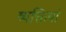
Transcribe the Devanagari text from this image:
व्यक्तियां